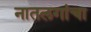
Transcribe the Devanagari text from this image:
नातलगांचा